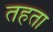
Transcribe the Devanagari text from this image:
तहता